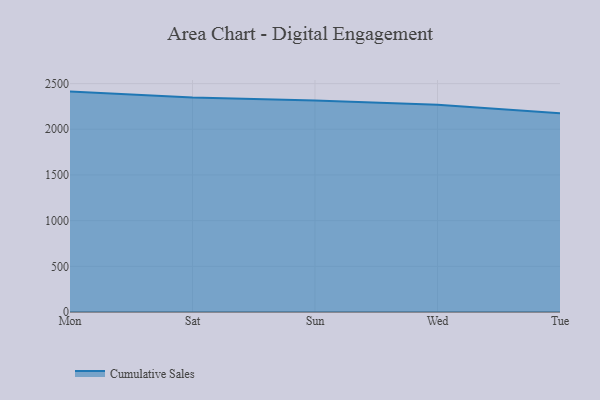
{"axis": {"x": "Day", "y": "Gross Profit (USD K)"}, "legend": ["Cumulative Sales"], "data": [{"x": "Mon", "y": 2412.5, "type": "Cumulative Sales"}, {"x": "Sat", "y": 2348.4, "type": "Cumulative Sales"}, {"x": "Sun", "y": 2314.8, "type": "Cumulative Sales"}, {"x": "Wed", "y": 2269.8, "type": "Cumulative Sales"}, {"x": "Tue", "y": 2175.0, "type": "Cumulative Sales"}]}